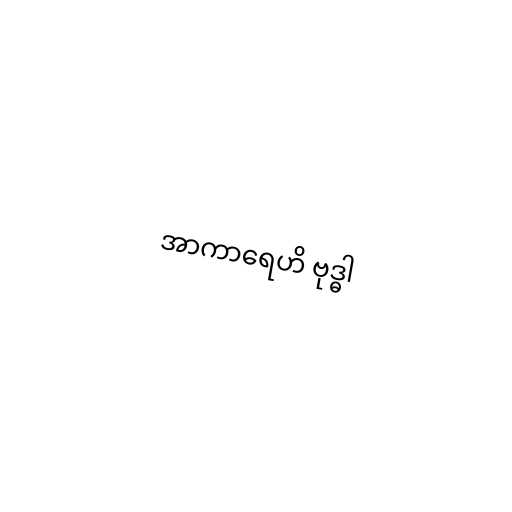
အာကာရေဟိ ဗုဒ္ဓါ